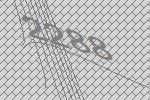
2288